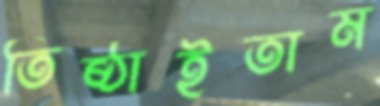
তিষ্ঠাইতাম